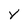
Character: Y